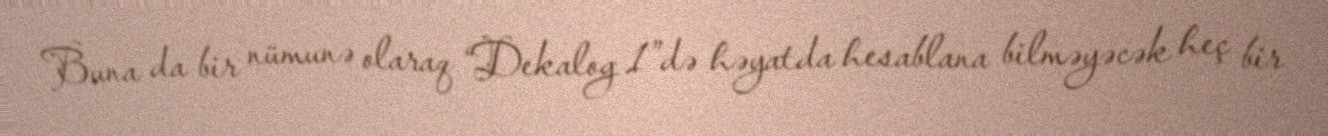
Buna da bir nümunə olaraq “Dekalog 1”də həyatda hesablana bilməyəcək heç bir